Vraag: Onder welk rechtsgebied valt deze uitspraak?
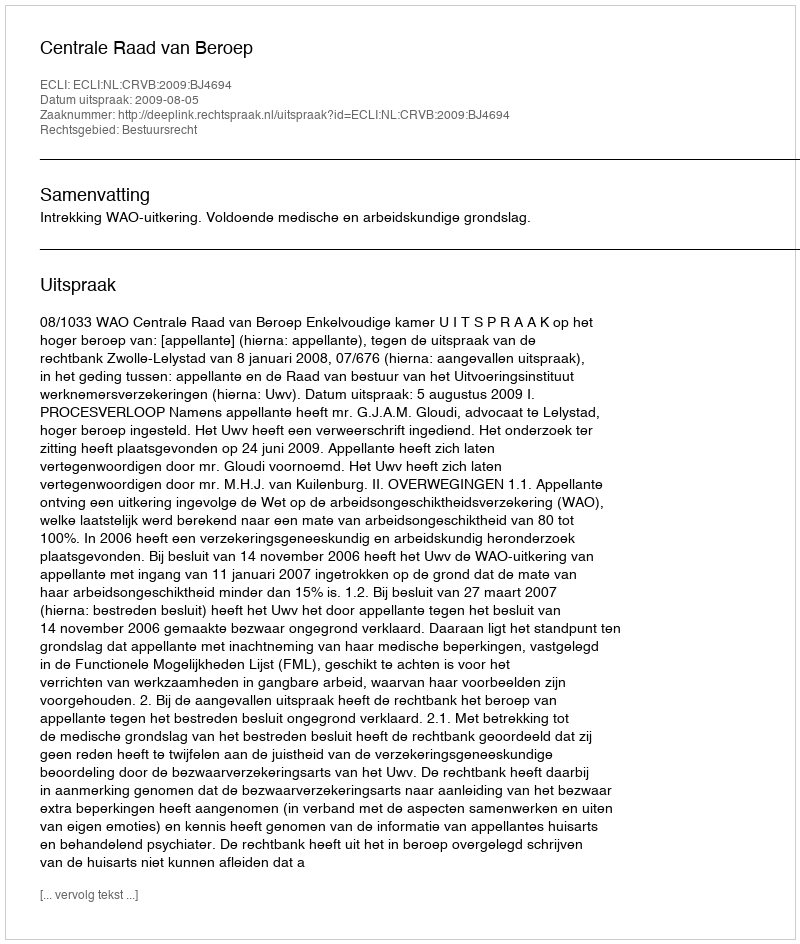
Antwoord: Bestuursrecht